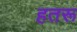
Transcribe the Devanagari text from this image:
हतरू